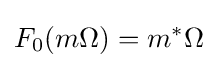
F_{0}(m\Omega )=m^{*}\Omega